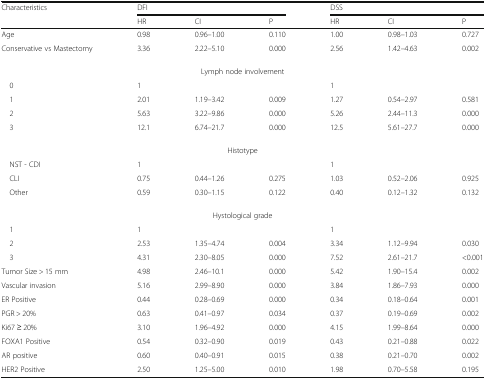
<table><thead><tr><td rowspan="2"><b>Characteristics</b></td><td colspan="3"><b>DFI</b></td><td colspan="3"><b>DSS</b></td></tr><tr><td><b>HR</b></td><td><b>CI</b></td><td><b>P</b></td><td><b>HR</b></td><td><b>CI</b></td><td><b>P</b></td></tr></thead><tbody><tr><td>Age</td><td>0.98</td><td>0.96–1.00</td><td>0.110</td><td>1.00</td><td>0.98–1.03</td><td>0.727</td></tr><tr><td>Conservative vs Mastectomy</td><td>3.36</td><td>2.22–5.10</td><td>0.000</td><td>2.56</td><td>1.42–4.63</td><td>0.002</td></tr><tr><td colspan="7">Lymph node involvement</td></tr><tr><td> 0</td><td>1</td><td colspan="2"></td><td>1</td><td colspan="2"></td></tr><tr><td> 1</td><td>2.01</td><td>1.19–3.42</td><td>0.009</td><td>1.27</td><td>0.54–2.97</td><td>0.581</td></tr><tr><td> 2</td><td>5.63</td><td>3.22–9.86</td><td>0.000</td><td>5.26</td><td>2.44–11.3</td><td>0.000</td></tr><tr><td> 3</td><td>12.1</td><td>6.74–21.7</td><td>0.000</td><td>12.5</td><td>5.61–27.7</td><td>0.000</td></tr><tr><td colspan="7">Histotype</td></tr><tr><td> NST - CDI</td><td>1</td><td colspan="2"></td><td>1</td><td colspan="2"></td></tr><tr><td> CLI</td><td>0.75</td><td>0.44–1.26</td><td>0.275</td><td>1.03</td><td>0.52–2.06</td><td>0.925</td></tr><tr><td> Other</td><td>0.59</td><td>0.30–1.15</td><td>0.122</td><td>0.40</td><td>0.12–1.32</td><td>0.132</td></tr><tr><td colspan="7">Hystological grade</td></tr><tr><td> 1</td><td>1</td><td colspan="2"></td><td>1</td><td colspan="2"></td></tr><tr><td> 2</td><td>2.53</td><td>1.35–4.74</td><td>0.004</td><td>3.34</td><td>1.12–9.94</td><td>0.030</td></tr><tr><td> 3</td><td>4.31</td><td>2.30–8.05</td><td>0.000</td><td>7.52</td><td>2.61–21.7</td><td>&lt;0.001</td></tr><tr><td>Tumor Size &gt; 15 mm</td><td>4.98</td><td>2.46–10.1</td><td>0.000</td><td>5.42</td><td>1.90–15.4</td><td>0.002</td></tr><tr><td>Vascular invasion</td><td>5.16</td><td>2.99–8.90</td><td>0.000</td><td>3.84</td><td>1.86–7.93</td><td>0.000</td></tr><tr><td>ER Positive</td><td>0.44</td><td>0.28–0.69</td><td>0.000</td><td>0.34</td><td>0.18–0.64</td><td>0.001</td></tr><tr><td>PGR &gt; 20%</td><td>0.63</td><td>0.41–0.97</td><td>0.034</td><td>0.37</td><td>0.19–0.69</td><td>0.002</td></tr><tr><td>Ki67 ≥ 20%</td><td>3.10</td><td>1.96–4.92</td><td>0.000</td><td>4.15</td><td>1.99–8.64</td><td>0.000</td></tr><tr><td>FOXA1 Positive</td><td>0.54</td><td>0.32–0.90</td><td>0.019</td><td>0.43</td><td>0.21–0.88</td><td>0.022</td></tr><tr><td>AR positive</td><td>0.60</td><td>0.40–0.91</td><td>0.015</td><td>0.38</td><td>0.21–0.70</td><td>0.002</td></tr><tr><td>HER2 Positive</td><td>2.50</td><td>1.25–5.00</td><td>0.010</td><td>1.98</td><td>0.70–5.58</td><td>0.195</td></tr></tbody></table>